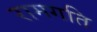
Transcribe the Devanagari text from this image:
रामगति